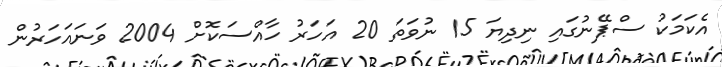
އެކަމަކު ސްޕޭނުގައި ނިދިޔަ 15 ނުވަތަ 20 އަހަރު ހާއްސަކޮށް 2004 ވަނައަހަރުން